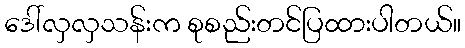
ဒေါ်လှလှသန်းက စုစည်းတင်ပြထားပါတယ်။